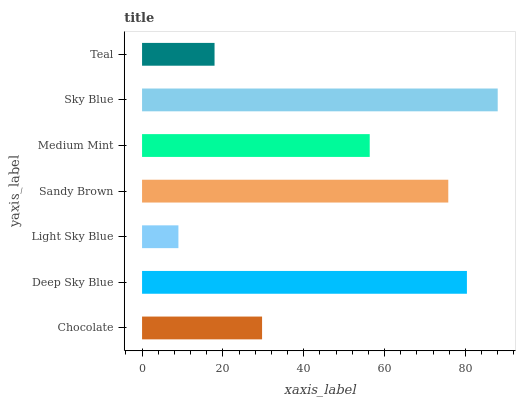
| yaxis_label | bars |
 | --- | --- |
 | Chocolate | 29.7 |
 | Deep Sky Blue | 80.4 |
 | Light Sky Blue | 8.99 |
 | Sandy Brown | 75.8 |
 | Medium Mint | 56.3 |
 | Sky Blue | 88 |
 | Teal | 17.9 |